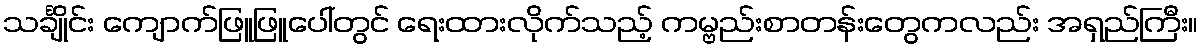
သင်္ချိုင်း ကျောက်ဖြူဖြူပေါ်တွင် ရေးထားလိုက်သည့် ကမ္ဗည်းစာတန်းတွေကလည်း အရှည်ကြီး။